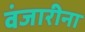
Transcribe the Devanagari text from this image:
वंजारीना